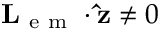
\mathbf { L } _ { \mathrm { ~ e ~ m ~ } } \cdot \mathbf { \hat { z } } \neq 0